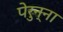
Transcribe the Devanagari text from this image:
पेरुन्ना